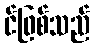
င်ဖြစ်သည်